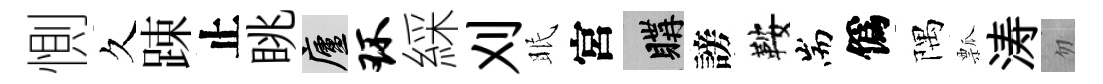
惻久踈止眺廬环綵刈眠宮購謗鞍耑僞隅瓢涛忽